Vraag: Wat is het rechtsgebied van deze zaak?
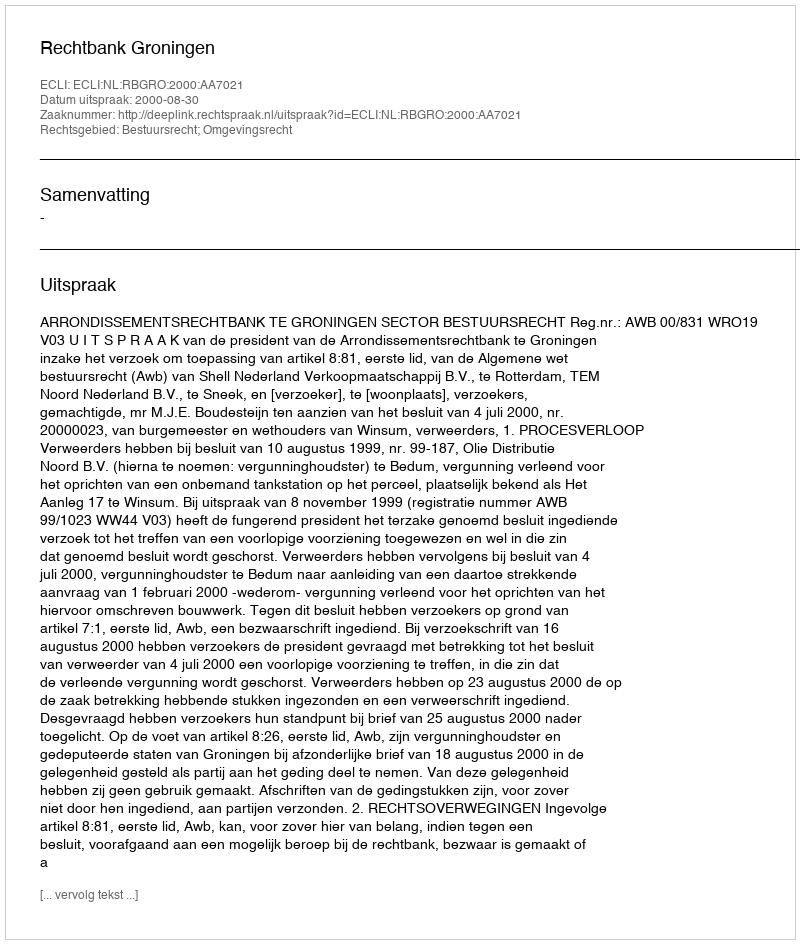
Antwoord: Bestuursrecht; Omgevingsrecht